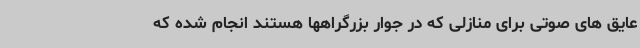
عایق های صوتی برای منازلی که در جوار بزرگراهها هستند انجام شده که